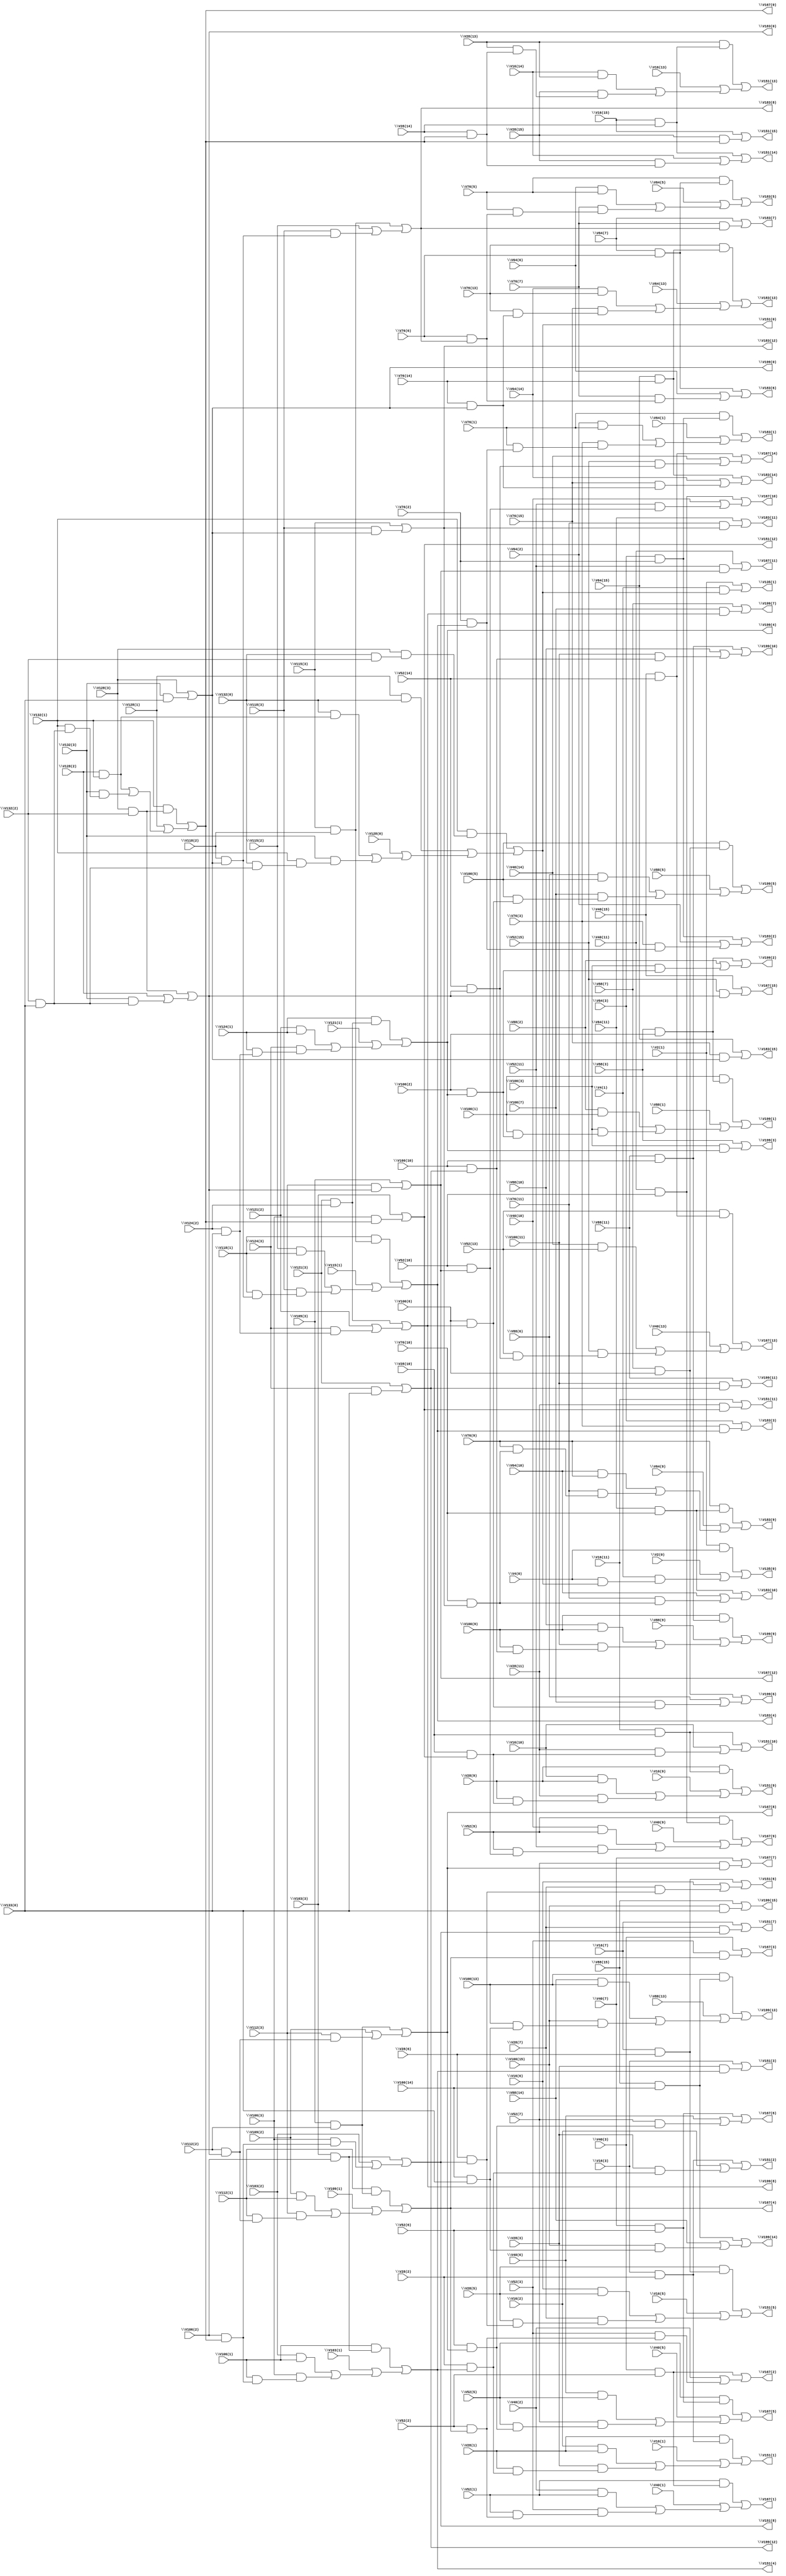
// IWLS benchmark module "i5" printed on Wed May 29 17:26:46 2002
module i5(\V4(0) , \V2(1) , \V4(1) , \V2(0) , \V28(1) , \V16(2) , \V28(2) , \V16(3) , \V28(3) , \V28(5) , \V16(6) , \V28(6) , \V16(7) , \V28(7) , \V28(9) , \V16(10) , \V28(10) , \V16(11) , \V28(11) , \V28(13) , \V16(14) , \V28(14) , \V16(15) , \V28(15) , \V16(1) , \V16(5) , \V16(9) , \V16(13) , \V52(1) , \V40(2) , \V52(2) , \V40(3) , \V52(3) , \V52(5) , \V40(6) , \V52(6) , \V40(7) , \V52(7) , \V52(9) , \V40(10) , \V52(10) , \V40(11) , \V52(11) , \V52(13) , \V40(14) , \V52(14) , \V40(15) , \V52(15) , \V40(1) , \V40(5) , \V40(9) , \V40(13) , \V76(1) , \V64(2) , \V76(2) , \V64(3) , \V76(3) , \V76(5) , \V64(6) , \V76(6) , \V64(7) , \V76(7) , \V76(9) , \V64(10) , \V76(10) , \V64(11) , \V76(11) , \V76(13) , \V64(14) , \V76(14) , \V64(15) , \V76(15) , \V64(1) , \V64(5) , \V64(9) , \V64(13) , \V100(1) , \V88(2) , \V100(2) , \V88(3) , \V100(3) , \V100(5) , \V88(6) , \V100(6) , \V88(7) , \V100(7) , \V100(9) , \V88(10) , \V100(10) , \V88(11) , \V100(11) , \V100(13) , \V88(14) , \V100(14) , \V88(15) , \V133(0) , \V100(15) , \V88(1) , \V88(5) , \V88(9) , \V88(13) , \V106(1) , \V103(2) , \V106(2) , \V103(3) , \V106(3) , \V112(1) , \V109(2) , \V112(2) , \V109(3) , \V112(3) , \V118(1) , \V115(2) , \V118(2) , \V115(3) , \V118(3) , \V124(1) , \V121(2) , \V124(2) , \V121(3) , \V124(3) , \V103(1) , \V109(1) , \V115(1) , \V121(1) , \V132(0) , \V128(1) , \V132(1) , \V128(2) , \V132(2) , \V128(3) , \V132(3) , \V128(0) , \V135(0) , \V135(1) , \V151(1) , \V151(2) , \V151(3) , \V151(5) , \V151(6) , \V151(7) , \V151(9) , \V151(10) , \V151(11) , \V151(13) , \V151(14) , \V151(15) , \V167(1) , \V167(2) , \V167(3) , \V167(5) , \V167(6) , \V167(7) , \V167(9) , \V167(10) , \V167(11) , \V167(13) , \V167(14) , \V167(15) , \V183(1) , \V183(2) , \V183(3) , \V183(5) , \V183(6) , \V183(7) , \V183(9) , \V183(10) , \V183(11) , \V183(13) , \V183(14) , \V183(15) , \V199(1) , \V199(2) , \V199(3) , \V199(5) , \V199(6) , \V199(7) , \V199(9) , \V199(10) , \V199(11) , \V199(13) , \V199(14) , \V199(15) , \V151(4) , \V151(8) , \V151(12) , \V167(4) , \V167(8) , \V167(12) , \V183(4) , \V183(8) , \V183(12) , \V199(4) , \V199(8) , \V199(12) , \V151(0) , \V167(0) , \V183(0) , \V199(0) );
input
  \V124(2) ,
  \V40(3) ,
  \V88(11) ,
  \V40(5) ,
  \V88(10) ,
  \V40(6) ,
  \V40(7) ,
  \V124(1) ,
  \V40(9) ,
  \V112(3) ,
  \V112(2) ,
  \V112(1) ,
  \V40(13) ,
  \V40(15) ,
  \V40(14) ,
  \V100(3) ,
  \V100(2) ,
  \V100(5) ,
  \V40(11) ,
  \V40(10) ,
  \V128(3) ,
  \V100(1) ,
  \V128(2) ,
  \V115(3) ,
  \V115(2) ,
  \V128(1) ,
  \V100(7) ,
  \V128(0) ,
  \V76(13) ,
  \V100(6) ,
  \V100(9) ,
  \V76(15) ,
  \V115(1) ,
  \V76(14) ,
  \V76(11) ,
  \V103(3) ,
  \V76(10) ,
  \V103(2) ,
  \V103(1) ,
  \V2(0) ,
  \V2(1) ,
  \V118(3) ,
  \V118(2) ,
  \V118(1) ,
  \V106(3) ,
  \V4(0) ,
  \V106(2) ,
  \V100(11) ,
  \V4(1) ,
  \V100(10) ,
  \V100(13) ,
  \V100(15) ,
  \V106(1) ,
  \V100(14) ,
  \V28(13) ,
  \V28(15) ,
  \V28(14) ,
  \V64(13) ,
  \V28(11) ,
  \V64(15) ,
  \V28(10) ,
  \V64(14) ,
  \V64(11) ,
  \V64(10) ,
  \V109(3) ,
  \V109(2) ,
  \V109(1) ,
  \V88(1) ,
  \V88(2) ,
  \V88(3) ,
  \V88(5) ,
  \V88(6) ,
  \V132(3) ,
  \V88(7) ,
  \V132(2) ,
  \V88(9) ,
  \V76(1) ,
  \V76(2) ,
  \V132(1) ,
  \V28(1) ,
  \V76(3) ,
  \V132(0) ,
  \V28(2) ,
  \V28(3) ,
  \V76(5) ,
  \V76(6) ,
  \V28(5) ,
  \V76(7) ,
  \V28(6) ,
  \V16(13) ,
  \V28(7) ,
  \V76(9) ,
  \V133(0) ,
  \V16(15) ,
  \V28(9) ,
  \V64(1) ,
  \V16(14) ,
  \V64(2) ,
  \V52(13) ,
  \V121(3) ,
  \V16(1) ,
  \V64(3) ,
  \V121(2) ,
  \V16(2) ,
  \V16(11) ,
  \V52(15) ,
  \V16(3) ,
  \V64(5) ,
  \V16(10) ,
  \V52(14) ,
  \V64(6) ,
  \V16(5) ,
  \V64(7) ,
  \V16(6) ,
  \V52(11) ,
  \V121(1) ,
  \V16(7) ,
  \V64(9) ,
  \V52(10) ,
  \V16(9) ,
  \V52(1) ,
  \V52(2) ,
  \V52(3) ,
  \V52(5) ,
  \V52(6) ,
  \V52(7) ,
  \V88(13) ,
  \V52(9) ,
  \V88(15) ,
  \V40(1) ,
  \V88(14) ,
  \V124(3) ,
  \V40(2) ;
output
  \V199(1) ,
  \V199(0) ,
  \V199(7) ,
  \V199(6) ,
  \V199(9) ,
  \V199(8) ,
  \V151(3) ,
  \V151(2) ,
  \V151(5) ,
  \V151(4) ,
  \V151(1) ,
  \V151(0) ,
  \V151(7) ,
  \V151(6) ,
  \V151(9) ,
  \V151(8) ,
  \V167(3) ,
  \V167(2) ,
  \V167(5) ,
  \V167(4) ,
  \V167(1) ,
  \V167(0) ,
  \V199(11) ,
  \V167(7) ,
  \V199(10) ,
  \V167(6) ,
  \V199(13) ,
  \V183(11) ,
  \V167(9) ,
  \V199(12) ,
  \V183(10) ,
  \V167(8) ,
  \V199(15) ,
  \V183(13) ,
  \V199(14) ,
  \V183(12) ,
  \V183(15) ,
  \V183(14) ,
  \V167(11) ,
  \V167(10) ,
  \V167(13) ,
  \V151(11) ,
  \V167(12) ,
  \V151(10) ,
  \V167(15) ,
  \V151(13) ,
  \V167(14) ,
  \V151(12) ,
  \V151(15) ,
  \V151(14) ,
  \V183(3) ,
  \V183(2) ,
  \V183(5) ,
  \V183(4) ,
  \V183(1) ,
  \V183(0) ,
  \V135(1) ,
  \V135(0) ,
  \V183(7) ,
  \V183(6) ,
  \V183(9) ,
  \V183(8) ,
  \V199(3) ,
  \V199(2) ,
  \V199(5) ,
  \V199(4) ;
wire
  \[60] ,
  \[61] ,
  \[62] ,
  \[63] ,
  \[64] ,
  \[65] ,
  \[0] ,
  \[1] ,
  \[2] ,
  \[3] ,
  \[4] ,
  \[5] ,
  \[6] ,
  \[7] ,
  \[8] ,
  \[9] ,
  V200,
  V201,
  V202,
  V203,
  V204,
  V205,
  V206,
  V207,
  V208,
  V209,
  V210,
  V211,
  V212,
  V213,
  V214,
  V215,
  V216,
  V217,
  V218,
  V219,
  V220,
  V221,
  V222,
  V223,
  V224,
  V225,
  V226,
  V227,
  V228,
  V229,
  V230,
  V231,
  V232,
  V233,
  V234,
  V235,
  V236,
  V237,
  V238,
  V239,
  V240,
  V241,
  V242,
  V243,
  V244,
  V245,
  V246,
  V247,
  V248,
  V249,
  V250,
  V251,
  V252,
  V253,
  V254,
  V255,
  V256,
  V257,
  V258,
  V259,
  V260,
  V261,
  V262,
  V263,
  V264,
  V265,
  V266,
  V267,
  V268,
  V269,
  V270,
  V271,
  V272,
  V273,
  V274,
  V275,
  V276,
  V277,
  V278,
  V279,
  V280,
  V281,
  V282,
  V283,
  V284,
  V285,
  V286,
  V287,
  V288,
  V289,
  V290,
  V291,
  V292,
  V293,
  V294,
  V295,
  V296,
  V297,
  V298,
  V299,
  V300,
  V301,
  V302,
  V303,
  V304,
  V305,
  V306,
  V307,
  V308,
  V309,
  V310,
  V311,
  V312,
  V313,
  V314,
  V315,
  V316,
  V317,
  V318,
  V319,
  V320,
  V321,
  V322,
  V323,
  V324,
  V325,
  V326,
  V327,
  V328,
  V329,
  \[10] ,
  V330,
  V331,
  V332,
  \[11] ,
  \[12] ,
  \[13] ,
  \[14] ,
  \[15] ,
  \[16] ,
  \[17] ,
  \[18] ,
  \[19] ,
  \[20] ,
  \[21] ,
  \[22] ,
  \[23] ,
  \[24] ,
  \[25] ,
  \[26] ,
  \[27] ,
  \[28] ,
  \[29] ,
  \[30] ,
  \[31] ,
  \[32] ,
  \[33] ,
  \[34] ,
  \[35] ,
  \[36] ,
  \[37] ,
  \[38] ,
  \[39] ,
  \[40] ,
  \[41] ,
  \[42] ,
  \[43] ,
  \[44] ,
  \[45] ,
  \[46] ,
  \[47] ,
  \[48] ,
  \[49] ,
  \[50] ,
  \[51] ,
  \[52] ,
  \[53] ,
  \[54] ,
  \[55] ,
  \[56] ,
  \[57] ,
  \[58] ,
  \[59] ;
assign
  \[60]  = V320 | (\V121(2)  | V321),
  \[61]  = \V121(3)  | V322,
  \[62]  = V325 | (V323 | (\V128(0)  | (V324 | V326))),
  \V199(1)  = \[38] ,
  \[63]  = V328 | (\V128(1)  | (V327 | V329)),
  \V199(0)  = \[65] ,
  \[64]  = V330 | (\V128(2)  | V331),
  \[65]  = \V128(3)  | V332,
  \V199(7)  = \[43] ,
  \V199(6)  = \[42] ,
  \V199(9)  = \[44] ,
  \V199(8)  = \[60] ,
  \[0]  = V200 | (\V2(0)  | V201),
  \[1]  = \V2(1)  | V202,
  \[2]  = V204 | (\V16(1)  | (V203 | V205)),
  \[3]  = V206 | (\V16(2)  | V207),
  \[4]  = \V16(3)  | V208,
  \[5]  = V210 | (\V16(5)  | (V209 | V211)),
  \[6]  = V212 | (\V16(6)  | V213),
  \[7]  = \V16(7)  | V214,
  \[8]  = V216 | (\V16(9)  | (V215 | V217)),
  \[9]  = V218 | (\V16(10)  | V219),
  V200 = \V2(1)  & \V4(0) ,
  V201 = \V4(1)  & (\V4(0)  & \[62] ),
  V202 = \V4(1)  & \[62] ,
  V203 = \V16(2)  & \V28(1) ,
  V204 = \V28(1)  & (\V16(3)  & \V28(2) ),
  V205 = \V28(3)  & (\V28(1)  & (\V28(2)  & \[50] )),
  V206 = \V16(3)  & \V28(2) ,
  V207 = \V28(3)  & (\V28(2)  & \[50] ),
  V208 = \V28(3)  & \[50] ,
  V209 = \V16(6)  & \V28(5) ,
  V210 = \V28(5)  & (\V16(7)  & \V28(6) ),
  V211 = \V28(7)  & (\V28(5)  & (\V28(6)  & \[51] )),
  V212 = \V16(7)  & \V28(6) ,
  V213 = \V28(7)  & (\V28(6)  & \[51] ),
  V214 = \V28(7)  & \[51] ,
  V215 = \V16(10)  & \V28(9) ,
  V216 = \V28(9)  & (\V16(11)  & \V28(10) ),
  V217 = \V28(11)  & (\V28(9)  & (\V28(10)  & \[52] )),
  V218 = \V16(11)  & \V28(10) ,
  V219 = \V28(11)  & (\V28(10)  & \[52] ),
  V220 = \V28(11)  & \[52] ,
  V221 = \V16(14)  & \V28(13) ,
  V222 = \V28(13)  & (\V16(15)  & \V28(14) ),
  V223 = \V28(15)  & (\V28(13)  & (\V28(14)  & \[63] )),
  V224 = \V16(15)  & \V28(14) ,
  V225 = \V28(15)  & (\V28(14)  & \[63] ),
  V226 = \V28(15)  & \[63] ,
  V227 = \V40(2)  & \V52(1) ,
  V228 = \V52(1)  & (\V40(3)  & \V52(2) ),
  V229 = \V52(3)  & (\V52(1)  & (\V52(2)  & \[53] )),
  V230 = \V40(3)  & \V52(2) ,
  V231 = \V52(3)  & (\V52(2)  & \[53] ),
  V232 = \V52(3)  & \[53] ,
  V233 = \V40(6)  & \V52(5) ,
  V234 = \V52(5)  & (\V40(7)  & \V52(6) ),
  V235 = \V52(7)  & (\V52(5)  & (\V52(6)  & \[54] )),
  V236 = \V40(7)  & \V52(6) ,
  V237 = \V52(7)  & (\V52(6)  & \[54] ),
  V238 = \V52(7)  & \[54] ,
  V239 = \V40(10)  & \V52(9) ,
  V240 = \V52(9)  & (\V40(11)  & \V52(10) ),
  V241 = \V52(11)  & (\V52(9)  & (\V52(10)  & \[55] )),
  V242 = \V40(11)  & \V52(10) ,
  V243 = \V52(11)  & (\V52(10)  & \[55] ),
  V244 = \V52(11)  & \[55] ,
  V245 = \V40(14)  & \V52(13) ,
  V246 = \V52(13)  & (\V40(15)  & \V52(14) ),
  V247 = \V52(15)  & (\V52(13)  & (\V52(14)  & \[64] )),
  V248 = \V40(15)  & \V52(14) ,
  V249 = \V52(15)  & (\V52(14)  & \[64] ),
  V250 = \V52(15)  & \[64] ,
  V251 = \V64(2)  & \V76(1) ,
  V252 = \V76(1)  & (\V64(3)  & \V76(2) ),
  V253 = \V76(3)  & (\V76(1)  & (\V76(2)  & \[56] )),
  V254 = \V64(3)  & \V76(2) ,
  V255 = \V76(3)  & (\V76(2)  & \[56] ),
  V256 = \V76(3)  & \[56] ,
  V257 = \V64(6)  & \V76(5) ,
  V258 = \V76(5)  & (\V64(7)  & \V76(6) ),
  V259 = \V76(7)  & (\V76(5)  & (\V76(6)  & \[57] )),
  V260 = \V64(7)  & \V76(6) ,
  V261 = \V76(7)  & (\V76(6)  & \[57] ),
  V262 = \V76(7)  & \[57] ,
  V263 = \V64(10)  & \V76(9) ,
  V264 = \V76(9)  & (\V64(11)  & \V76(10) ),
  V265 = \V76(11)  & (\V76(9)  & (\V76(10)  & \[58] )),
  V266 = \V64(11)  & \V76(10) ,
  V267 = \V76(11)  & (\V76(10)  & \[58] ),
  V268 = \V76(11)  & \[58] ,
  V269 = \V64(14)  & \V76(13) ,
  V270 = \V76(13)  & (\V64(15)  & \V76(14) ),
  V271 = \V76(15)  & (\V76(13)  & (\V76(14)  & \[65] )),
  V272 = \V64(15)  & \V76(14) ,
  V273 = \V76(15)  & (\V76(14)  & \[65] ),
  V274 = \V76(15)  & \[65] ,
  V275 = \V88(2)  & \V100(1) ,
  V276 = \V100(1)  & (\V88(3)  & \V100(2) ),
  V277 = \V100(3)  & (\V100(1)  & (\V100(2)  & \[59] )),
  V278 = \V88(3)  & \V100(2) ,
  V279 = \V100(3)  & (\V100(2)  & \[59] ),
  V280 = \V100(3)  & \[59] ,
  V281 = \V88(6)  & \V100(5) ,
  V282 = \V100(5)  & (\V88(7)  & \V100(6) ),
  V283 = \V100(7)  & (\V100(5)  & (\V100(6)  & \[60] )),
  V284 = \V88(7)  & \V100(6) ,
  V285 = \V100(7)  & (\V100(6)  & \[60] ),
  V286 = \V100(7)  & \[60] ,
  V287 = \V88(10)  & \V100(9) ,
  V288 = \V100(9)  & (\V88(11)  & \V100(10) ),
  V289 = \V100(11)  & (\V100(9)  & (\V100(10)  & \[61] )),
  V290 = \V88(11)  & \V100(10) ,
  V291 = \V100(11)  & (\V100(10)  & \[61] ),
  V292 = \V100(11)  & \[61] ,
  V293 = \V88(14)  & \V100(13) ,
  V294 = \V100(13)  & (\V88(15)  & \V100(14) ),
  V295 = \V100(15)  & (\V100(13)  & (\V100(14)  & \V133(0) )),
  V296 = \V88(15)  & \V100(14) ,
  V297 = \V100(15)  & (\V100(14)  & \V133(0) ),
  V298 = \V100(15)  & \V133(0) ,
  V299 = \V103(2)  & \V106(1) ,
  \V151(3)  = \[4] ,
  \V151(2)  = \[3] ,
  \V151(5)  = \[5] ,
  \V151(4)  = \[50] ,
  V300 = \V106(1)  & (\V103(3)  & \V106(2) ),
  V301 = \V106(3)  & (\V106(1)  & (\V106(2)  & \[63] )),
  V302 = \V103(3)  & \V106(2) ,
  V303 = \V106(3)  & (\V106(2)  & \[63] ),
  V304 = \V106(3)  & \[63] ,
  V305 = \V109(2)  & \V112(1) ,
  V306 = \V112(1)  & (\V109(3)  & \V112(2) ),
  V307 = \V112(3)  & (\V112(1)  & (\V112(2)  & \[64] )),
  V308 = \V109(3)  & \V112(2) ,
  V309 = \V112(3)  & (\V112(2)  & \[64] ),
  \V151(1)  = \[2] ,
  V310 = \V112(3)  & \[64] ,
  V311 = \V115(2)  & \V118(1) ,
  V312 = \V118(1)  & (\V115(3)  & \V118(2) ),
  V313 = \V118(3)  & (\V118(1)  & (\V118(2)  & \[65] )),
  V314 = \V115(3)  & \V118(2) ,
  V315 = \V118(3)  & (\V118(2)  & \[65] ),
  V316 = \V118(3)  & \[65] ,
  V317 = \V121(2)  & \V124(1) ,
  V318 = \V124(1)  & (\V121(3)  & \V124(2) ),
  V319 = \V124(3)  & (\V124(1)  & (\V124(2)  & \V133(0) )),
  \V151(0)  = \[62] ,
  V320 = \V121(3)  & \V124(2) ,
  V321 = \V124(3)  & (\V124(2)  & \V133(0) ),
  V322 = \V124(3)  & \V133(0) ,
  V323 = \V128(1)  & \V132(0) ,
  V324 = \V132(0)  & (\V128(2)  & \V132(1) ),
  V325 = \V132(1)  & (\V128(3)  & (\V132(0)  & \V132(2) )),
  V326 = \V132(3)  & (\V132(1)  & (\V132(0)  & (\V132(2)  & \V133(0) ))),
  V327 = \V128(2)  & \V132(1) ,
  V328 = \V132(1)  & (\V128(3)  & \V132(2) ),
  V329 = \V132(3)  & (\V132(1)  & (\V132(2)  & \V133(0) )),
  \[10]  = \V16(11)  | V220,
  V330 = \V128(3)  & \V132(2) ,
  V331 = \V132(3)  & (\V132(2)  & \V133(0) ),
  V332 = \V132(3)  & \V133(0) ,
  \[11]  = V222 | (\V16(13)  | (V221 | V223)),
  \[12]  = V224 | (\V16(14)  | V225),
  \[13]  = \V16(15)  | V226,
  \[14]  = V228 | (\V40(1)  | (V227 | V229)),
  \V151(7)  = \[7] ,
  \[15]  = V230 | (\V40(2)  | V231),
  \V151(6)  = \[6] ,
  \[16]  = \V40(3)  | V232,
  \V151(9)  = \[8] ,
  \[17]  = V234 | (\V40(5)  | (V233 | V235)),
  \V151(8)  = \[51] ,
  \V167(3)  = \[16] ,
  \[18]  = V236 | (\V40(6)  | V237),
  \V167(2)  = \[15] ,
  \[19]  = \V40(7)  | V238,
  \V167(5)  = \[17] ,
  \V167(4)  = \[53] ,
  \V167(1)  = \[14] ,
  \V167(0)  = \[63] ,
  \[20]  = V240 | (\V40(9)  | (V239 | V241)),
  \[21]  = V242 | (\V40(10)  | V243),
  \[22]  = \V40(11)  | V244,
  \V199(11)  = \[46] ,
  \[23]  = V246 | (\V40(13)  | (V245 | V247)),
  \V167(7)  = \[19] ,
  \V199(10)  = \[45] ,
  \[24]  = V248 | (\V40(14)  | V249),
  \V167(6)  = \[18] ,
  \V199(13)  = \[47] ,
  \[25]  = \V40(15)  | V250,
  \V183(11)  = \[34] ,
  \V167(9)  = \[20] ,
  \V199(12)  = \[61] ,
  \[26]  = V252 | (\V64(1)  | (V251 | V253)),
  \V183(10)  = \[33] ,
  \V167(8)  = \[54] ,
  \V199(15)  = \[49] ,
  \[27]  = V254 | (\V64(2)  | V255),
  \V183(13)  = \[35] ,
  \V199(14)  = \[48] ,
  \[28]  = \V64(3)  | V256,
  \V183(12)  = \[58] ,
  \[29]  = V258 | (\V64(5)  | (V257 | V259)),
  \V183(15)  = \[37] ,
  \V183(14)  = \[36] ,
  \[30]  = V260 | (\V64(6)  | V261),
  \[31]  = \V64(7)  | V262,
  \[32]  = V264 | (\V64(9)  | (V263 | V265)),
  \[33]  = V266 | (\V64(10)  | V267),
  \[34]  = \V64(11)  | V268,
  \V167(11)  = \[22] ,
  \[35]  = V270 | (\V64(13)  | (V269 | V271)),
  \V167(10)  = \[21] ,
  \[36]  = V272 | (\V64(14)  | V273),
  \V167(13)  = \[23] ,
  \V151(11)  = \[10] ,
  \[37]  = \V64(15)  | V274,
  \V167(12)  = \[55] ,
  \V151(10)  = \[9] ,
  \[38]  = V276 | (\V88(1)  | (V275 | V277)),
  \V167(15)  = \[25] ,
  \V151(13)  = \[11] ,
  \[39]  = V278 | (\V88(2)  | V279),
  \V167(14)  = \[24] ,
  \V151(12)  = \[52] ,
  \V151(15)  = \[13] ,
  \V151(14)  = \[12] ,
  \[40]  = \V88(3)  | V280,
  \[41]  = V282 | (\V88(5)  | (V281 | V283)),
  \[42]  = V284 | (\V88(6)  | V285),
  \[43]  = \V88(7)  | V286,
  \[44]  = V288 | (\V88(9)  | (V287 | V289)),
  \[45]  = V290 | (\V88(10)  | V291),
  \[46]  = \V88(11)  | V292,
  \[47]  = V294 | (\V88(13)  | (V293 | V295)),
  \[48]  = V296 | (\V88(14)  | V297),
  \[49]  = \V88(15)  | V298,
  \V183(3)  = \[28] ,
  \V183(2)  = \[27] ,
  \V183(5)  = \[29] ,
  \[50]  = V300 | (\V103(1)  | (V299 | V301)),
  \V183(4)  = \[56] ,
  \[51]  = V302 | (\V103(2)  | V303),
  \[52]  = \V103(3)  | V304,
  \[53]  = V306 | (\V109(1)  | (V305 | V307)),
  \V183(1)  = \[26] ,
  \[54]  = V308 | (\V109(2)  | V309),
  \V183(0)  = \[64] ,
  \[55]  = \V109(3)  | V310,
  \V135(1)  = \[1] ,
  \[56]  = V312 | (\V115(1)  | (V311 | V313)),
  \V135(0)  = \[0] ,
  \[57]  = V314 | (\V115(2)  | V315),
  \[58]  = \V115(3)  | V316,
  \[59]  = V318 | (\V121(1)  | (V317 | V319)),
  \V183(7)  = \[31] ,
  \V183(6)  = \[30] ,
  \V183(9)  = \[32] ,
  \V183(8)  = \[57] ,
  \V199(3)  = \[40] ,
  \V199(2)  = \[39] ,
  \V199(5)  = \[41] ,
  \V199(4)  = \[59] ;
endmodule